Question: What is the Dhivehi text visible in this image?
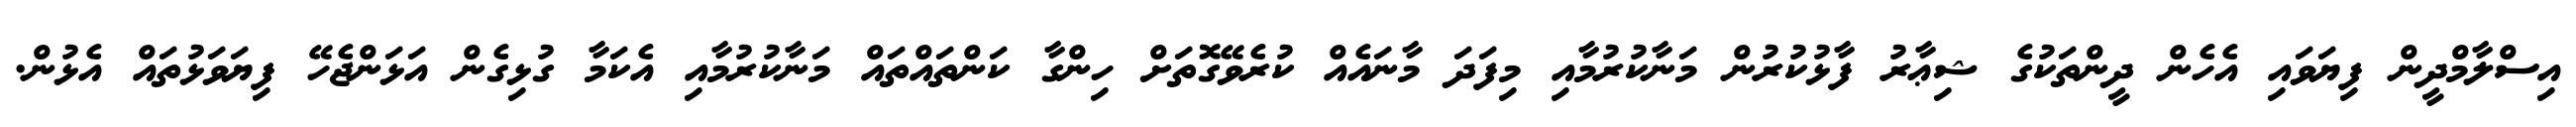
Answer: އިސްލާމްދީން ފިޔަވައި އެހެން ދީންތަކުގެ ޝިޢާރު ފާޅުކުރުން މަނާކުރުމާއި މިފަދަ މާނައެއް ކުރެވޭގޮތަށް ހިންގާ ކަންތައްތައް މަނާކުރުމާއި އެކަމާ ގުޅިގެން އަޅަންޖެހޭ ފިޔަވަޅުތައް އެޅުން.